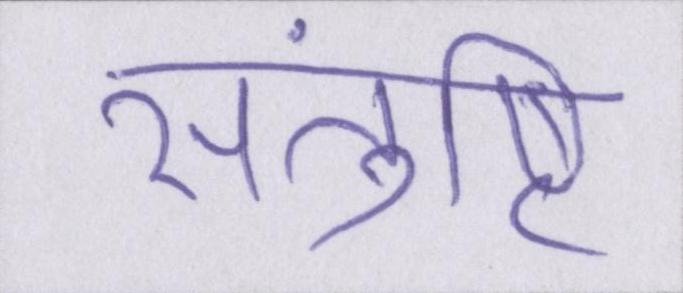
संतुष्टि